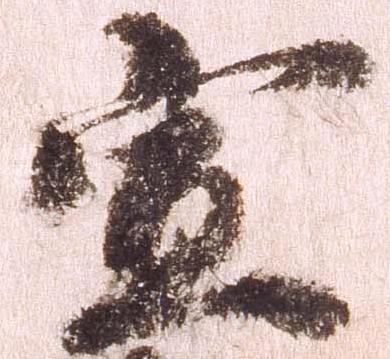
宣